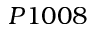
P 1 0 0 8